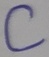
Text: C